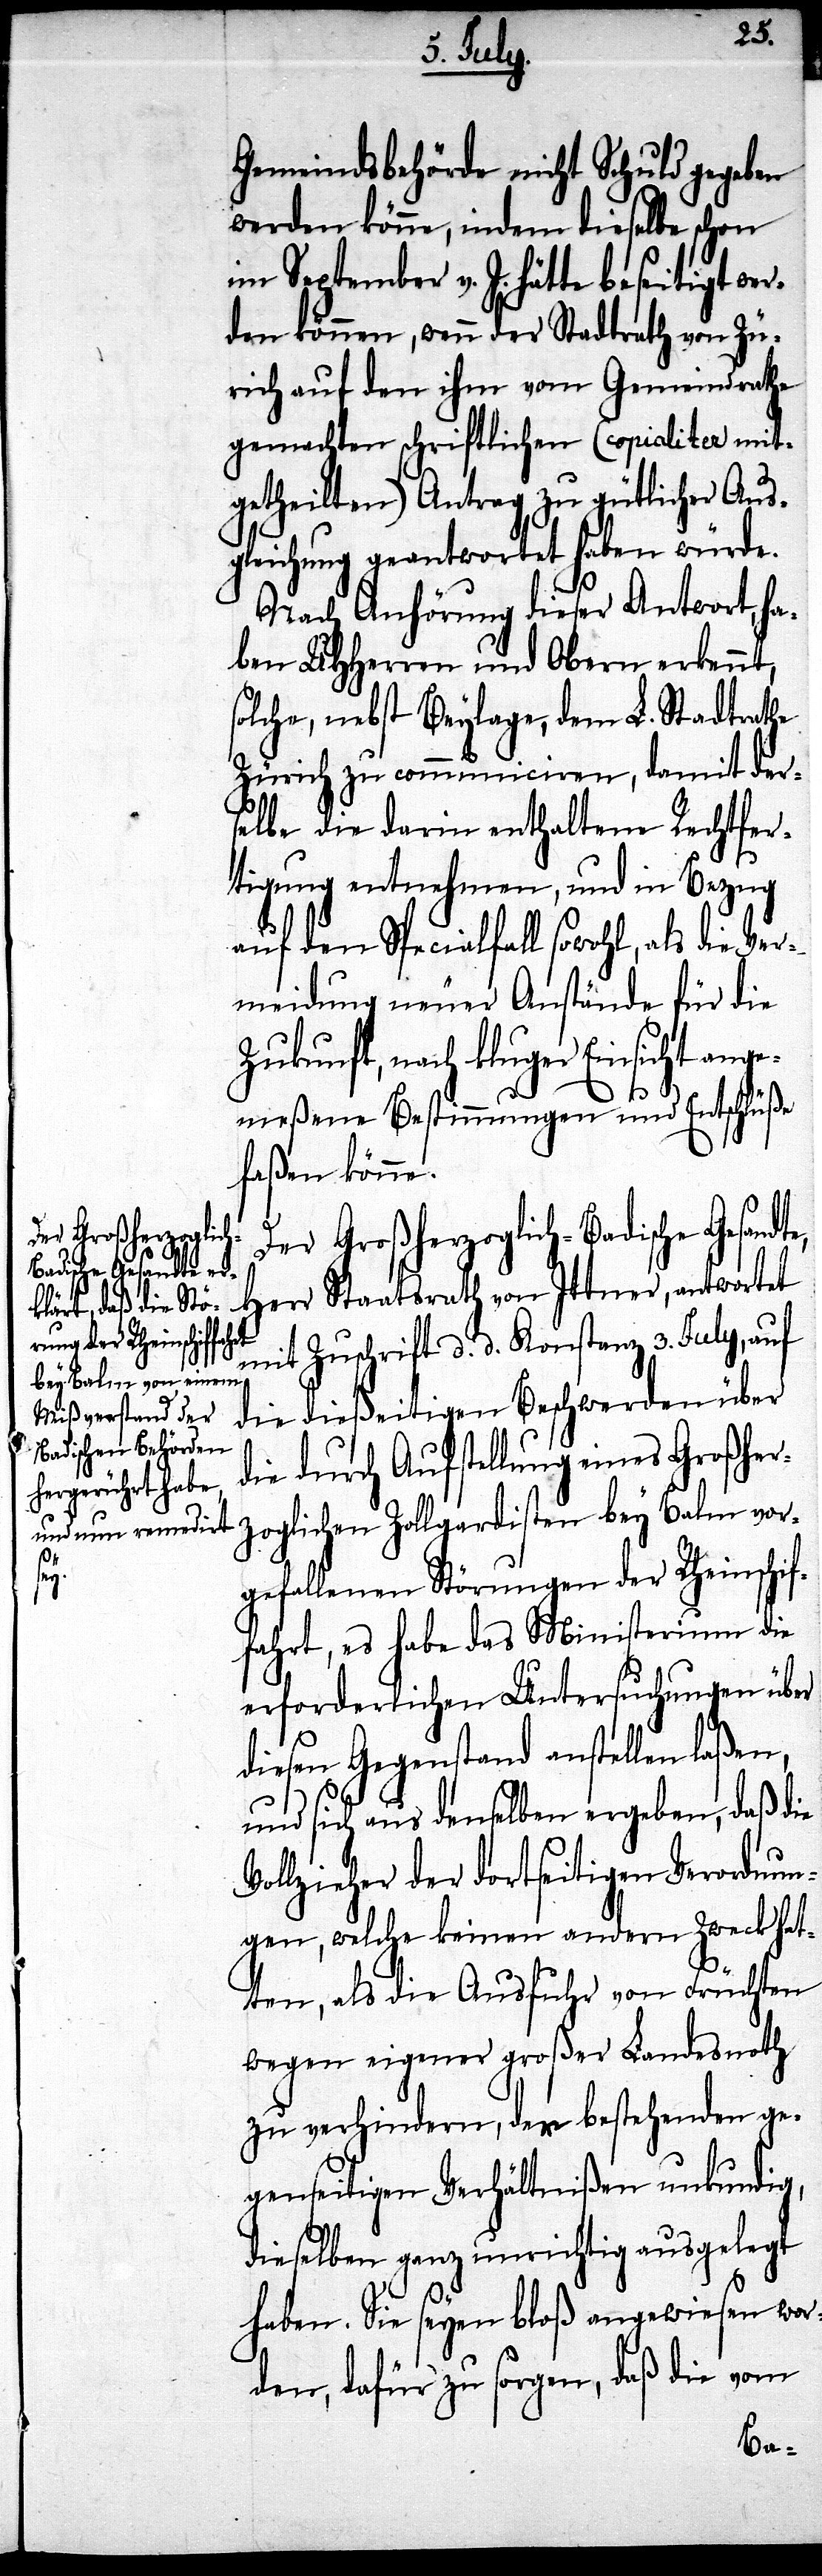
Gemeindsbehörde nicht Schuld gegeben
werden könne, indem dieselbe schon
im September v. J. hätte beseitigt wer¬
den können, wenn der Stadtrath von Zü¬
sich auf den ihm vom Gemeindrathe
gemachten schriftlichen (copialiter mit¬
getheilten) Antrag zu gütlicher Aus¬
gleichung geantwortet haben würde.
Nach Anhörung dieser Antwort, ha¬
ben UHHerren und Obern erkennt,
solche, nebst Beylage, dem L. Stadtrathe
Zürich zu communiciren, damit der¬
selbe die darin enthaltene Rechtfer¬
tigung entnehmen, und in Bezug
auf den Specialfall sowohl, als die Ver¬
meidung neuer Anstände für die
Zukunft, nach kluger Einsicht ange¬
meßene Bestimmungen und Entschlüße
faßen könne.
Der Großherzoglich-Badische Gesandt¬
Herr Staatsrath von Ittner, antwortet
e,
mit Zuschrift d. d. Konstanz 3. July, auf
die dießeitigen Beschwerden über
die durch Aufstellung eines Großher¬
zoglichen Zollgardisten bey Balm vor¬
gefallenen Störungen der Rheinschif¬
fahrt, es habe das Ministerium die
erforderlichen Untersuchungen über
diesen Gegenstand anstellen laßen,
und sich aus denselben ergeben, daß die
Vollzieher der dortseitigen Verordnun¬
gen, welche keinen andern Zweck hat¬
ten, als die Ausfuhr von Früchten
wegen eigener großer Landesnoth
zu verhindern, der bestehenden ge¬
genseitigen Verhältnißen unkundig,
dieselben ganz unrichtig ausgelegt
haben. Sie seyen bloß angewiesen wor¬
den, dafür zu sorgen, daß die vom